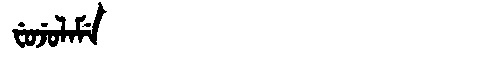
Manchu: ᠸᡠᠵᡠᠯᠠᠮᡝ
Romanization: FUJULAME